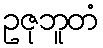
ဥဇုဘူတံ